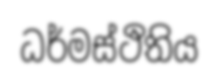
ධර්මස්ථිතිය